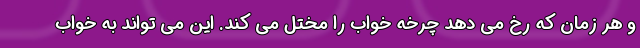
و هر زمان که رخ می دهد چرخه خواب را مختل می کند. این می تواند به خواب